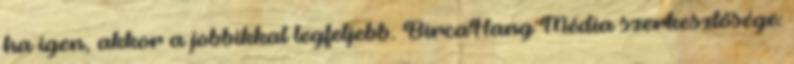
ha igen, akkor a jobbikkal legfeljebb. BircaHang Média szerkesztősége: